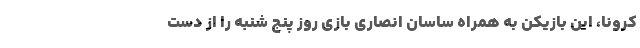
کرونا، این بازیکن به همراه ساسان انصاری بازی روز پنج شنبه را از دست